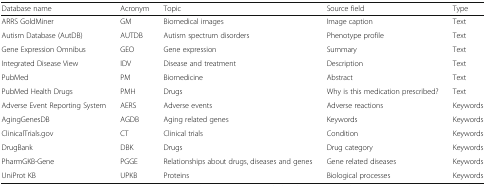
<table><thead><tr><td><b>Database name</b></td><td><b>Acronym</b></td><td><b>Topic</b></td><td><b>Source field</b></td><td><b>Type</b></td></tr></thead><tbody><tr><td>ARRS GoldMiner</td><td>GM</td><td>Biomedical images</td><td>Image caption</td><td>Text</td></tr><tr><td>Autism Database (AutDB)</td><td>AUTDB</td><td>Autism spectrum disorders</td><td>Phenotype profile</td><td>Text</td></tr><tr><td>Gene Expression Omnibus</td><td>GEO</td><td>Gene expression</td><td>Summary</td><td>Text</td></tr><tr><td>Integrated Disease View</td><td>IDV</td><td>Disease and treatment</td><td>Description</td><td>Text</td></tr><tr><td>PubMed</td><td>PM</td><td>Biomedicine</td><td>Abstract</td><td>Text</td></tr><tr><td>PubMed Health Drugs</td><td>PMH</td><td>Drugs</td><td>Why is this medication prescribed?</td><td>Text</td></tr><tr><td>Adverse Event Reporting System</td><td>AERS</td><td>Adverse events</td><td>Adverse reactions</td><td>Keywords</td></tr><tr><td>AgingGenesDB</td><td>AGDB</td><td>Aging related genes</td><td>Keywords</td><td>Keywords</td></tr><tr><td>ClinicalTrials.gov</td><td>CT</td><td>Clinical trials</td><td>Condition</td><td>Keywords</td></tr><tr><td>DrugBank</td><td>DBK</td><td>Drugs</td><td>Drug category</td><td>Keywords</td></tr><tr><td>PharmGKB-Gene</td><td>PGGE</td><td>Relationships about drugs, diseases and genes</td><td>Gene related diseases</td><td>Keywords</td></tr><tr><td>UniProt KB</td><td>UPKB</td><td>Proteins</td><td>Biological processes</td><td>Keywords</td></tr></tbody></table>